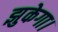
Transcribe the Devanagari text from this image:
झुकेगा।